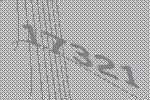
17321